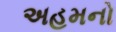
અહમનો